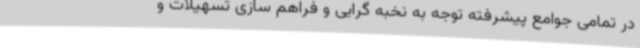
در تمامی جوامع پیشرفته توجه به نخبه گرایی و فراهم سازی تسهیلات و